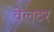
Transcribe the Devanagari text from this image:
वेलटर